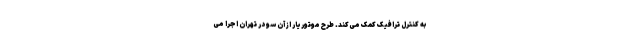
به کنترل ترافیک کمک می‌کند. طرح موتوریار از آن سو در تهران اجرا می